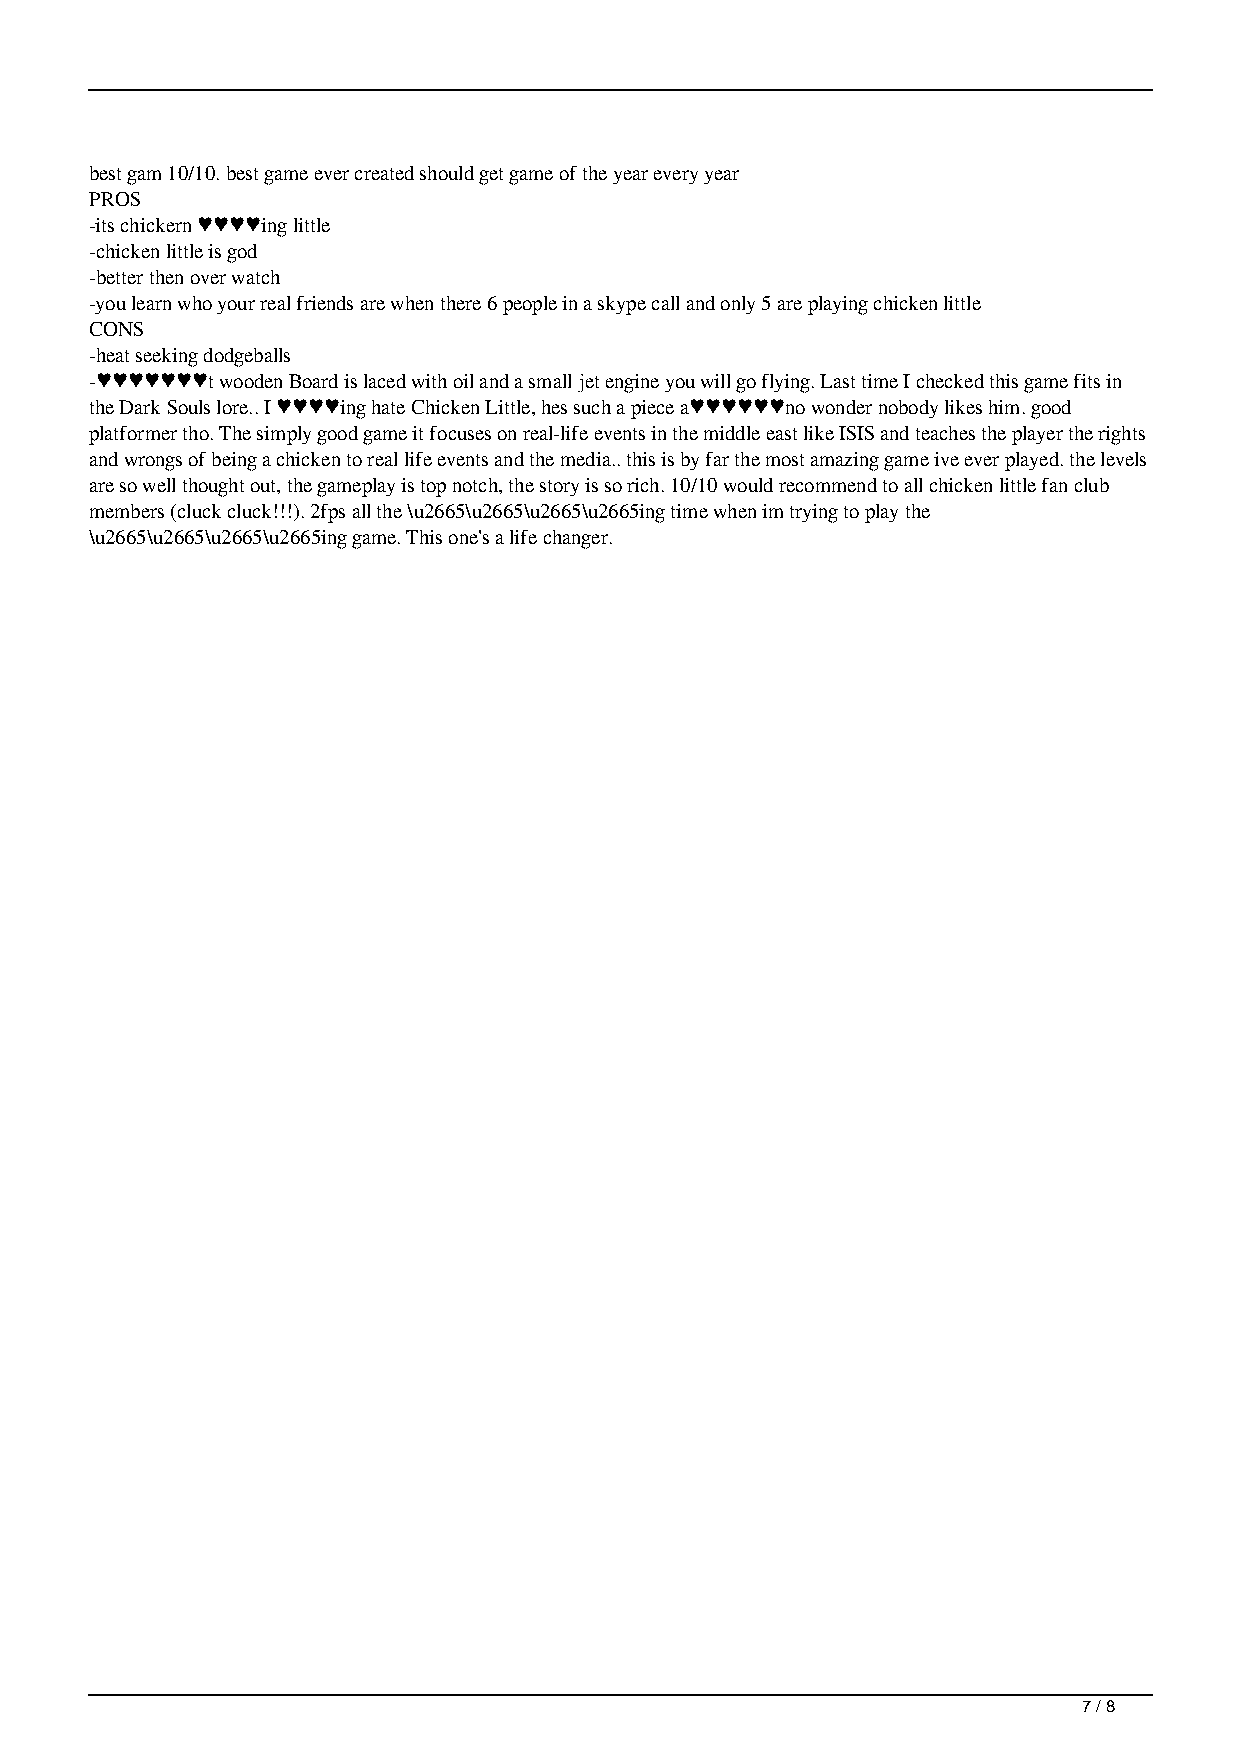
best gam 10/10. best game ever created should get game of the year every year
 PROS
 -its chickern ♥♥♥♥ing little
 -chicken little is god
 -better then over watch
 -you learn who your real friends are when there 6 people in a skype call and only 5 are playing chicken little
 CONS
 -heat seeking dodgeballs
 -♥♥♥♥♥♥♥t wooden Board is laced with oil and a small jet engine you will go flying. Last time I checked this game fits in
 the Dark Souls lore.. I ♥♥♥♥ing hate Chicken Little, hes such a piece a♥♥♥♥♥♥no wonder nobody likes him. good
 platformer tho. The simply good game it focuses on real-life events in the middle east like ISIS and teaches the player the rights
 and wrongs of being a chicken to real life events and the media.. this is by far the most amazing game ive ever played. the levels
 are so well thought out, the gameplay is top notch, the story is so rich. 10/10 would recommend to all chicken little fan club
 members (cluck cluck!!!). 2fps all the \u2665\u2665\u2665\u2665ing time when im trying to play the
 \u2665\u2665\u2665\u2665ing game. This one's a life changer.
 7 / 8